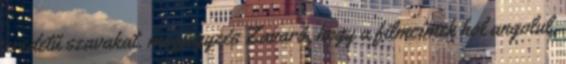
eredetű szavakat. megjegyzés Zavaró, hogy a filmcímek hol angolul,